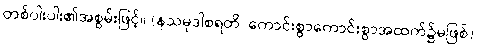
တစ်ပါးပါး၏အစွမ်းဖြင့်။ (နသမုဒါစရတိ၊ ကောင်းစွာကောင်းစွာအထက်၌မဖြစ်)